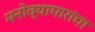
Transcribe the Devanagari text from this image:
मनोव्यापारांचा